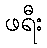
ဖရီး